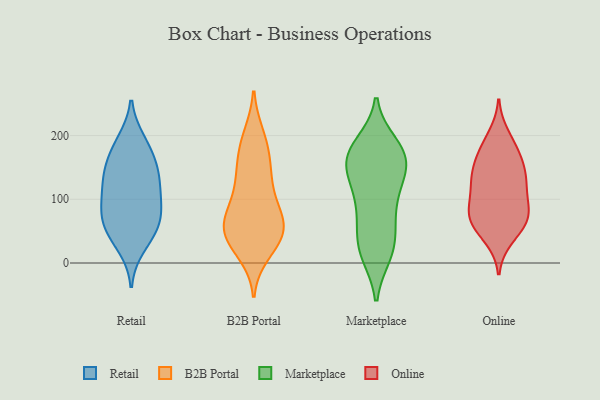
{"axis": {"x": "Net Income (USD K)", "y": "Value"}, "legend": ["B2B Portal", "Marketplace", "Online", "Retail"], "data": [{"x": "", "y": 94, "type": "Retail"}, {"x": "", "y": 133, "type": "Retail"}, {"x": "", "y": 58, "type": "Retail"}, {"x": "", "y": 67, "type": "Retail"}, {"x": "", "y": 126, "type": "Retail"}, {"x": "", "y": 139, "type": "Retail"}, {"x": "", "y": 146, "type": "Retail"}, {"x": "", "y": 166, "type": "Retail"}, {"x": "", "y": 26, "type": "Retail"}, {"x": "", "y": 45, "type": "Retail"}, {"x": "", "y": 59, "type": "Retail"}, {"x": "", "y": 94, "type": "Retail"}, {"x": "", "y": 185, "type": "Retail"}, {"x": "", "y": 92, "type": "Retail"}, {"x": "", "y": 191, "type": "Retail"}, {"x": "", "y": 200, "type": "B2B Portal"}, {"x": "", "y": 46, "type": "B2B Portal"}, {"x": "", "y": 31, "type": "B2B Portal"}, {"x": "", "y": 46, "type": "B2B Portal"}, {"x": "", "y": 107, "type": "B2B Portal"}, {"x": "", "y": 47, "type": "B2B Portal"}, {"x": "", "y": 138, "type": "B2B Portal"}, {"x": "", "y": 115, "type": "B2B Portal"}, {"x": "", "y": 74, "type": "B2B Portal"}, {"x": "", "y": 139, "type": "B2B Portal"}, {"x": "", "y": 171, "type": "B2B Portal"}, {"x": "", "y": 76, "type": "B2B Portal"}, {"x": "", "y": 165, "type": "B2B Portal"}, {"x": "", "y": 58, "type": "B2B Portal"}, {"x": "", "y": 72, "type": "B2B Portal"}, {"x": "", "y": 62, "type": "B2B Portal"}, {"x": "", "y": 16, "type": "B2B Portal"}, {"x": "", "y": 197, "type": "B2B Portal"}, {"x": "", "y": 29, "type": "B2B Portal"}, {"x": "", "y": 123, "type": "Marketplace"}, {"x": "", "y": 86, "type": "Marketplace"}, {"x": "", "y": 23, "type": "Marketplace"}, {"x": "", "y": 136, "type": "Marketplace"}, {"x": "", "y": 93, "type": "Marketplace"}, {"x": "", "y": 58, "type": "Marketplace"}, {"x": "", "y": 58, "type": "Marketplace"}, {"x": "", "y": 186, "type": "Marketplace"}, {"x": "", "y": 166, "type": "Marketplace"}, {"x": "", "y": 163, "type": "Marketplace"}, {"x": "", "y": 160, "type": "Marketplace"}, {"x": "", "y": 182, "type": "Marketplace"}, {"x": "", "y": 14, "type": "Marketplace"}, {"x": "", "y": 24, "type": "Marketplace"}, {"x": "", "y": 176, "type": "Marketplace"}, {"x": "", "y": 165, "type": "Marketplace"}, {"x": "", "y": 151, "type": "Marketplace"}, {"x": "", "y": 117, "type": "Marketplace"}, {"x": "", "y": 15, "type": "Marketplace"}, {"x": "", "y": 144, "type": "Online"}, {"x": "", "y": 84, "type": "Online"}, {"x": "", "y": 132, "type": "Online"}, {"x": "", "y": 184, "type": "Online"}, {"x": "", "y": 73, "type": "Online"}, {"x": "", "y": 126, "type": "Online"}, {"x": "", "y": 175, "type": "Online"}, {"x": "", "y": 98, "type": "Online"}, {"x": "", "y": 72, "type": "Online"}, {"x": "", "y": 166, "type": "Online"}, {"x": "", "y": 79, "type": "Online"}, {"x": "", "y": 48, "type": "Online"}, {"x": "", "y": 62, "type": "Online"}, {"x": "", "y": 39, "type": "Online"}, {"x": "", "y": 71, "type": "Online"}, {"x": "", "y": 117, "type": "Online"}, {"x": "", "y": 150, "type": "Online"}, {"x": "", "y": 200, "type": "Online"}, {"x": "", "y": 129, "type": "Online"}]}